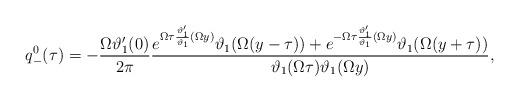
LaTeX: \begin{align*}q^0_-(\tau)=-\frac{\Omega\vartheta'_1(0)}{2\pi}\frac{e^{\Omega\tau\frac{\vartheta'_1}{\vartheta_1}(\Omega y)}\vartheta_1(\Omega(y-\tau))+e^{-\Omega\tau\frac{\vartheta'_1}{\vartheta_1}(\Omega y)}\vartheta_1(\Omega(y+\tau))}{\vartheta_1(\Omega\tau)\vartheta_1(\Omega y)},\end{align*}